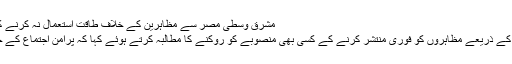
مشرق وسطیٰ مصر سے مظاہرین کے خلاف طاقت استعمال نہ کرنے کا مطالبہ اگست 02, 2013
ہیومن رائٹس واچ نے طاقت کے ذریعے مظاہروں کو فوری منتشر کرنے کے کسی بھی منصوبے کو روکنے کا مطالبہ کرتے ہوئے کہا کہ پرامن اجتماع کے حق کا احترام کیا جانا چاہیے۔